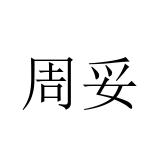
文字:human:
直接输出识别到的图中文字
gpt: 周妥